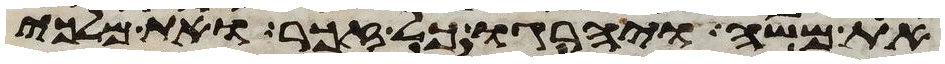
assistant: את משה ויהרגו כל זכר ואת מלכי